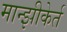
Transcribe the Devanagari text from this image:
मान्झीकेर्त